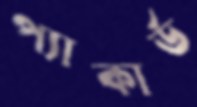
প্যাকার্ড